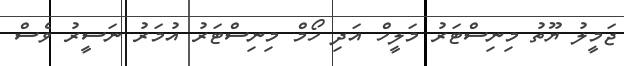
ޖަމީލު ޔޫތު މިނިސްޓަރު މަލީހް އަދި ހޯމް މިނިސްޓަރު އުމަރު ނަސީރު ވެސް